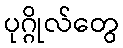
ပုဂ္ဂိုလ်တွေ